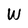
Character: W